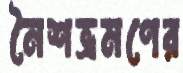
নৈশভ্রমণের